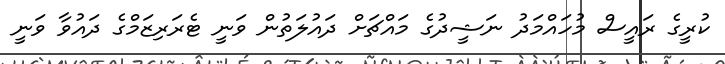
ކުރީގެ ރައީސް މުހައްމަދު ނަޝީދުގެ މައްޗަށް ދައުލަތުން ވަނީ ޓެރަރިޒަމްގެ ދައުވާ ވަނީ